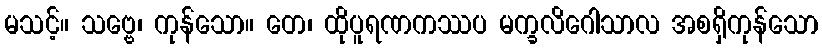
မသင့်။ သဗ္ဗေ၊ ကုန်သော။ တေ၊ ထိုပူရဏကဿပ မက္ခလိဂေါသာလ အစရှိကုန်သော